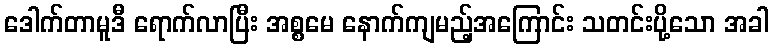
ဒေါက်တာမူဒီ ရောက်လာပြီး အစ္စမေ နောက်ကျမည့်အကြောင်း သတင်းပို့သော အခါ